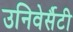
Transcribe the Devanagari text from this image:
उनिवेर्सैटी